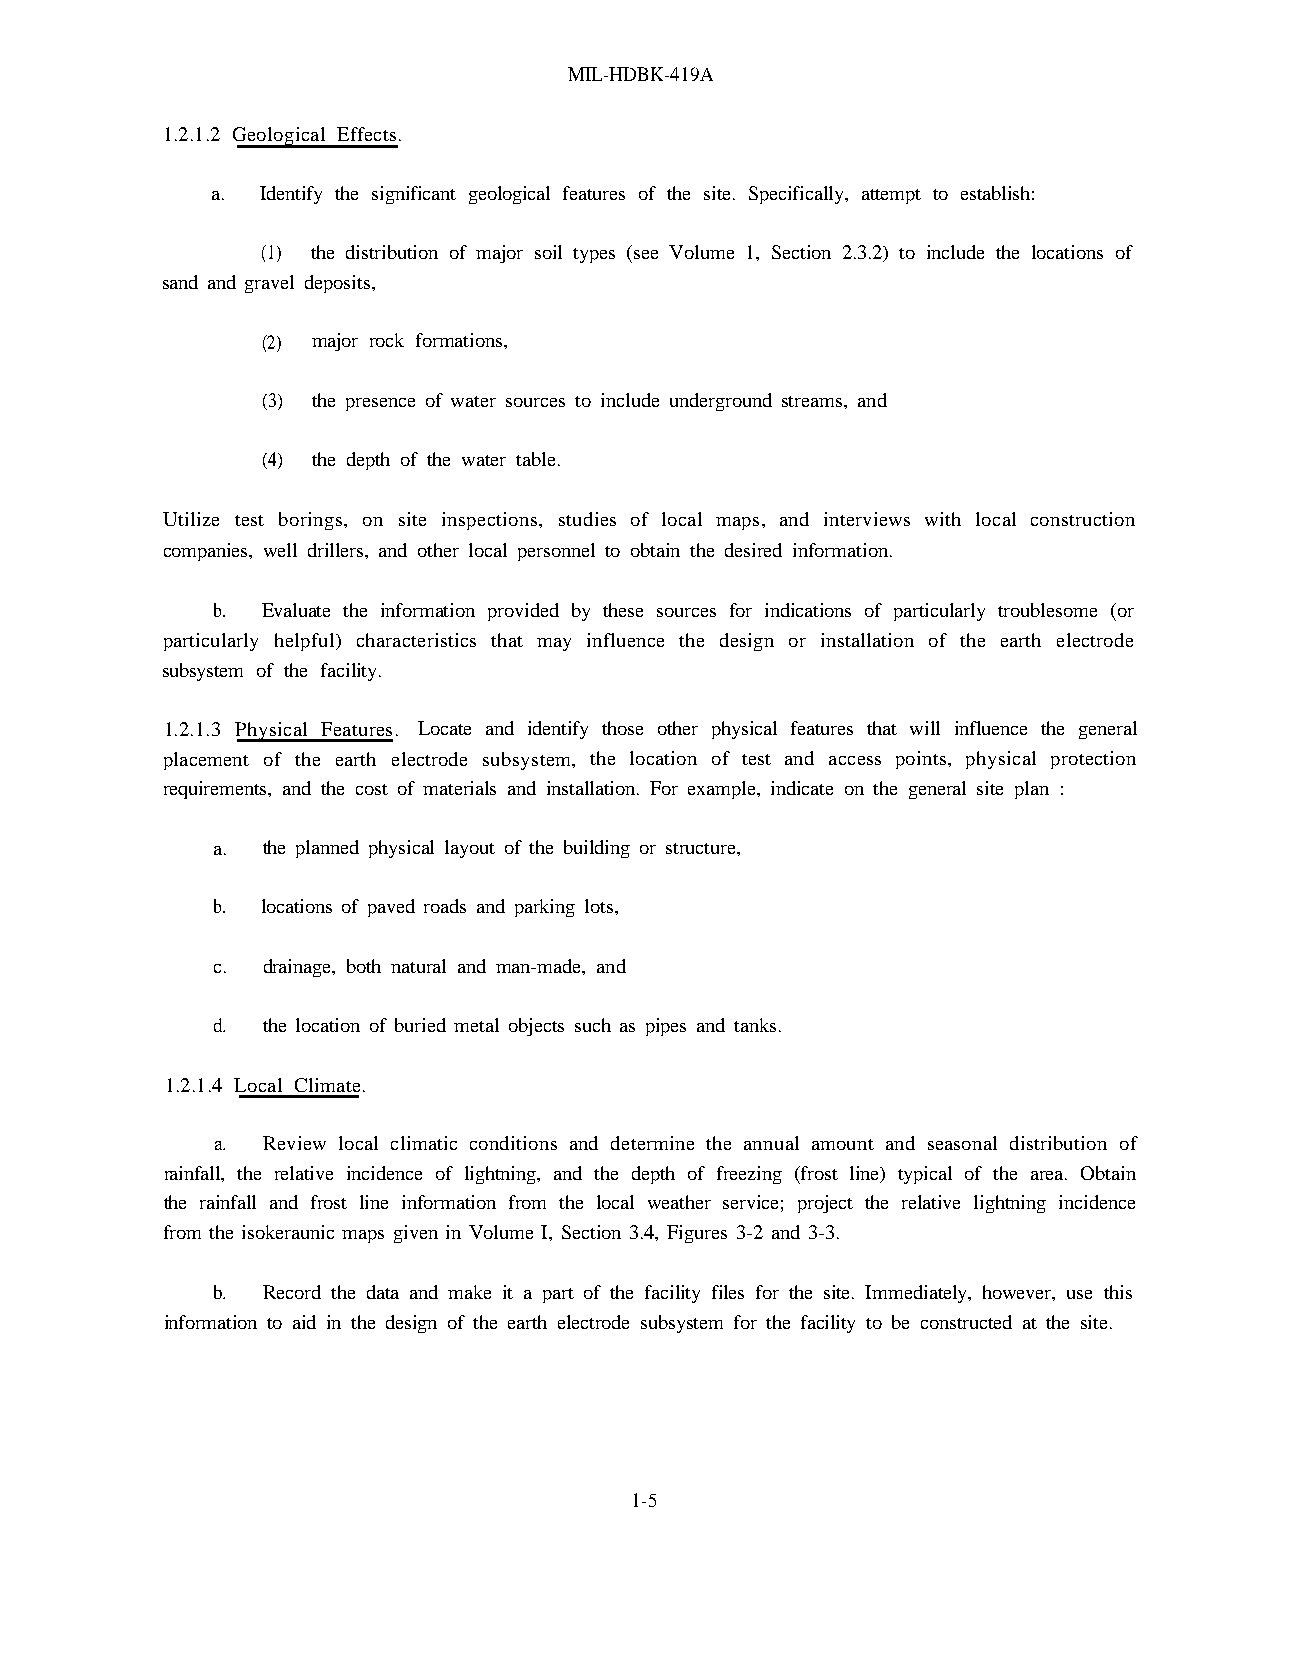
MIL-HDBK-419A
 1.2.1.2 Geological Effects.
 a. Identify the significant geological features of the site. Specifically, attempt to establish:
 (1) the distribution of major soil types (see Volume 1, Section 2.3.2) to include the locations of
 sand and gravel deposits,
 (2) major rock formations,
 (3) the presence of water sources to include underground streams, and
 (4) the depth of the water table.
 Utilize test borings, on site inspections, studies of local maps, and interviews with local construction
 companies, well drillers, and other local personnel to obtain the desired information.
 b. Evaluate the information provided by these sources for indications of particularly troublesome (or
 particularly helpful) characteristics that may influence the design or installation of the earth electrode
 subsystem of the facility.
 1.2.1.3 Physical Features. Locate and identify those other physical features that will influence the general
 placement of the earth electrode subsystem, the location of test and access points, physical protection
 requirements, and the cost of materials and installation. For example, indicate on the general site plan :
 a. the planned physical layout of the building or structure,
 b. locations of paved roads and parking lots,
 c. drainage, both natural and man-made, and
 d. the location of buried metal objects such as pipes and tanks.
 1.2.1.4 Local Climate.
 a. Review local climatic conditions and determine the annual amount and seasonal distribution of
 rainfall, the relative incidence of lightning, and the depth of freezing (frost line) typical of the area. Obtain
 the rainfall and frost line information from the local weather service; project the relative lightning incidence
 from the isokeraunic maps given in Volume I, Section 3.4, Figures 3-2 and 3-3.
 b. Record the data and make it a part of the facility files for the site. Immediately, however, use this
 information to aid in the design of the earth electrode subsystem for the facility to be constructed at the site.
 1-5